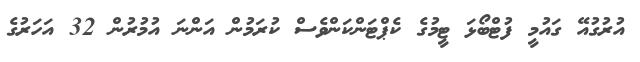
އުރުގުއޭ ގައުމީ ފުޓްބޯޅަ ޓީމުގެ ކެޕްޓަންކަންވެސް ކުރަމުން އަންނަ އުމުރުން 32 އަހަރުގެ